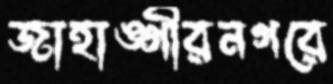
জাহাঙ্গীরনগরে